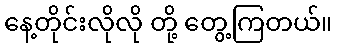
နေ့တိုင်းလိုလို တို့ တွေ့ကြတယ်။